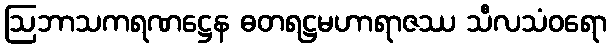
ဩဘာသကရဏဋ္ဌေန ဓတရဋ္ဌမဟာရာဇဿ သီလသံဝရော